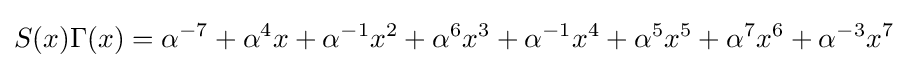
S(x)\Gamma (x)=\alpha ^{-7}+\alpha ^{4}x+\alpha ^{-1}x^{2}+\alpha ^{6}x^{3}+\alpha ^{-1}x^{4}+\alpha ^{5}x^{5}+\alpha ^{7}x^{6}+\alpha ^{-3}x^{7}